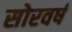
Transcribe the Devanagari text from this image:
सोरवर्ष